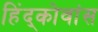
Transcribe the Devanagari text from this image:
हिंद्कोवांस